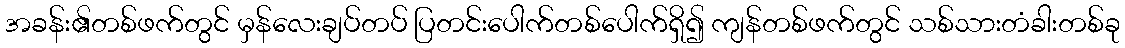
အခန်း၏တစ်ဖက်တွင် မှန်လေးချပ်တပ် ပြတင်းပေါက်တစ်ပေါက်ရှိ၍ ကျန်တစ်ဖက်တွင် သစ်သားတံခါးတစ်ခု